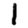
Digit: 1